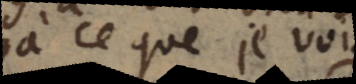
à ce que je vois.